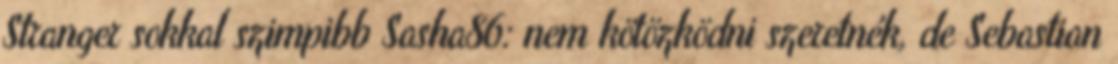
Stranger sokkal szimpibb Sasha86: nem kötözködni szeretnék, de Sebastian